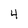
Character: 4